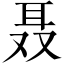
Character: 聂